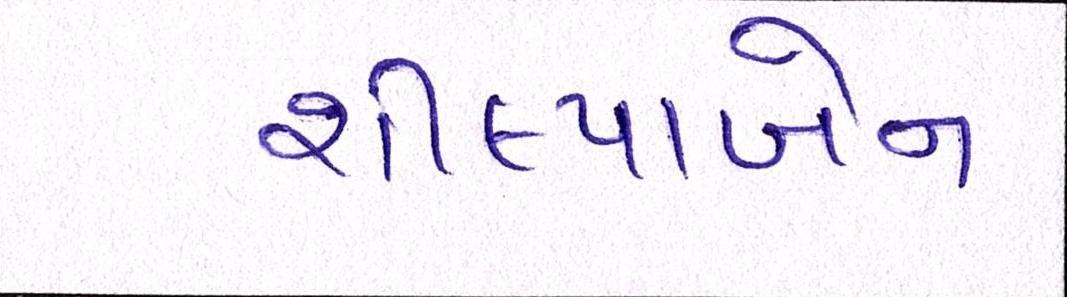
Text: શીલ્પાબેન